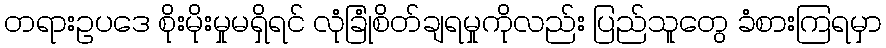
တရားဥပဒေ စိုးမိုးမှုမရှိရင် လုံခြုံစိတ်ချရမှုကိုလည်း ပြည်သူတွေ ခံစားကြရမှာ